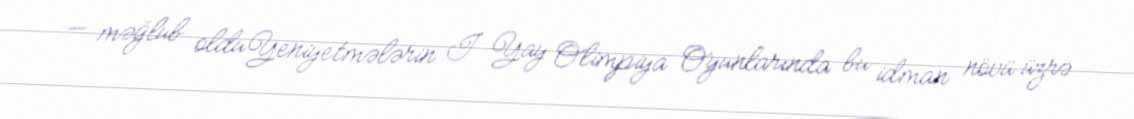
— məğlub olduYeniyetmələrin I Yay Olimpiya Oyunlarında bu idman növü üzrə